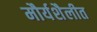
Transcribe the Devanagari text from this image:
मौर्यशैलीत